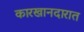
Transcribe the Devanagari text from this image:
कारखानदारात